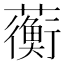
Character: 蘅